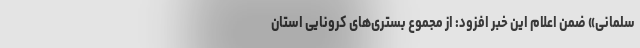
سلمانی» ضمن اعلام این خبر افزود: از مجموع بستری‌های کرونایی استان